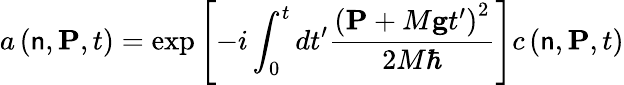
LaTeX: a\left(\mathsf{n},\mathbf{{P}},t\right)=\exp\left[-i\int_{0}^{t}dt^{\prime}\frac{{\left(\mathbf{{P}}+M\mathbf{{g}}t^{\prime}\right)^{2}}}{{2M\hbar}}\right]c\left(\mathsf{n},\mathbf{{P}},t\right)